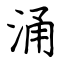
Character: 涌